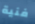
فنية